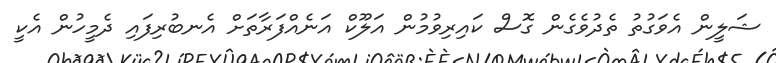
ޝަލީން އެވަގުތު ތެދުވެގެން ގޮސް ކައިރިވުމުން އަލޫކް އަނެއްފަރާތަށް އެނބުރިފައި ދެމީހުން އެކީ